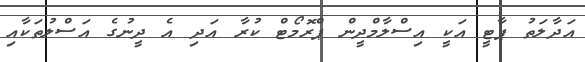
އަދާލަތު ޕާޓީ އަކީ އިސްލާމްދީން ޕްރޮމޯޓް ކުރާ އަދި އެ ދީނުގެ އަސްލުތަކާއި